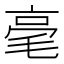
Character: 毫